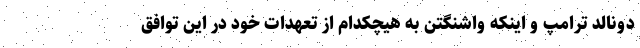
دونالد ترامپ و اینکه واشنگتن به هیچکدام از تعهدات خود در این توافق